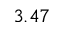
3 . 4 7